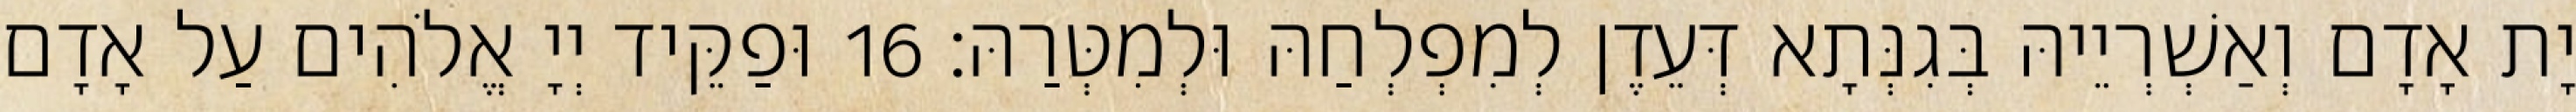
יָת אָדָם וְאַשְׁרְיֵיהּ בְּגִנְּתָא דְּעֵדֶן לְמִפְלְחַהּ וּלְמִטְּרַהּ׃ 16 וּפַקֵּיד יְיָ אֱלֹהִים עַל אָדָם